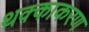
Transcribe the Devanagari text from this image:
थक्काकरण